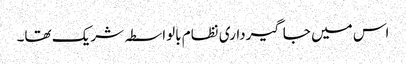
اس میں جاگیرداری نظام بالواسطہ شریک تھا۔